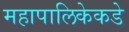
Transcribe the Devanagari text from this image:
महापालिकेकडे